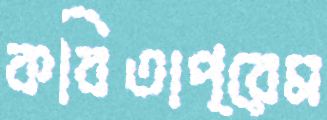
কবিতাপ্রেম